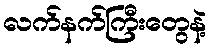
လက်နက်ကြီးတွေနဲ့